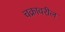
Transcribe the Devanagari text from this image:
चक्रावरील